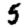
Digit: 5